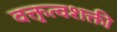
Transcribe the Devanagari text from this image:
वक्तृत्वशक्ती